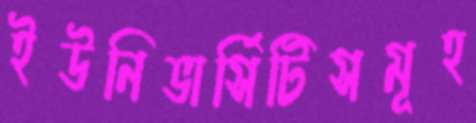
ইউনিভার্সিটিসমূহ